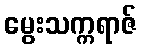
မွေးသက္ကရာဇ်